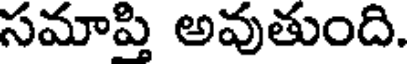
సమాప్తి అవుతుంది.